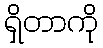
ရှိတာကို